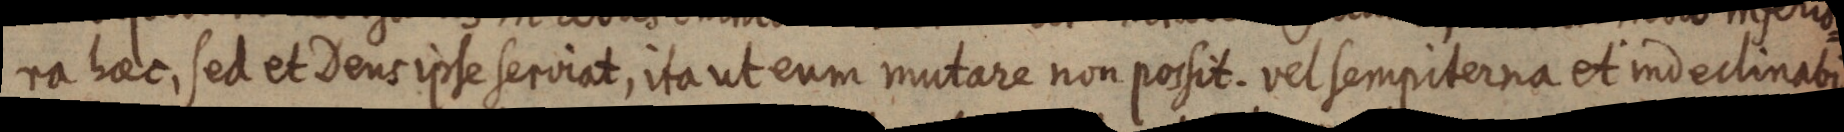
ra haec, sed et Dens ipse serviat, ita ut eum mutare non possit. vel sempiterna et indeclinabi